Insane asylums in Bengal annual reports 1876-1887 - 1876-1887
Year: 1876
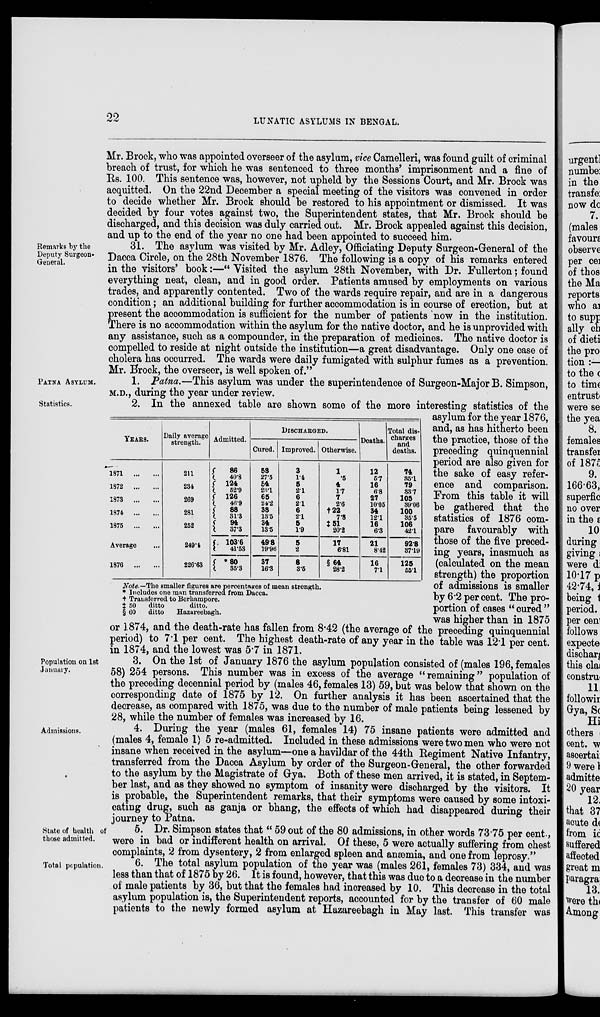
22
LUNATIC ASYLUMS IN BENGAL.
Mr. Brock, who was appointed overseer of the asylum, vice Camelleri, was found guilt of criminal
breach of trust, for which he was sentenced to three months' imprisonment and a fine of
Rs. 100. This sentence was, however, not upheld by the Sessions Court, and Mr. Brock was
acquitted. On the 22nd December a special meeting of the visitors was convened in order
to decide whether Mr. Brock should be restored to his appointment or dismissed. It was
decided by four votes against two, the Superintendent states, that Mr. Brock should be
discharged, and this decision was duly carried out. Mr. Brock appealed against this decision,
and up to the end of the year no one had been appointed to succeed him.
Remarks by the
Deputy Surgeon-
General.
31. The asylum was visited by Mr. Adley, Officiating Deputy Surgeon-General of the
Dacca Circle, on the 28th November 1876. The following is a copy of his remarks entered
in the visitors' book:—“ Visited the asylum 28th November, with Dr. Fullerton; found
everything neat, clean, and in good order. Patients amused by employments on various
trades, and apparently contented. Two of the wards require repair, and are in a dangerous
condition; an additional building for further accommodation is in course of erection, but at
present the accommodation is sufficient for the number of patients now in the institution.
There is no accommodation within the asylum for the native doctor, and he is unprovided with
any assistance, such as a compounder, in the preparation of medicines. The native doctor is
compelled to reside at night outside the institution—a great disadvantage. Only one case of
cholera has occurred. The wards were daily fumigated with sulphur fumes as a prevention.
Mr. Brock, the overseer, is well spoken of.”
PATNA ASYLUM.
1. Patna.—This asylum was under the superintendence of Surgeon-Major B. Simpson,
M.D., during the year under review.
Statistics.
YEARS.
1871
...
...
1872
...
...
1873
...
...
1874
...
...
1875
...
...
Average ...
1876
...
...
Daily average
strength.
211
234
269
281
252
249.4
226.63
Admitted.
86
40.8
124
52.9
126
46.9
88
31.3
94
37.3
103.6
41.53
* 80
35.3
DISCHARGED.
Cured.
58
27.5
54
23.1
65
24.2
38
13.5
34
13.5
49.8
19.96
37
16.3
Improved.
3
1.4
5
2.1
6
2.1
6
2.1
5
1.9
5
2
8
3.5
Otherwise.
1
.5
4
1.7
7
2.6
†22
7.8
‡51
20.2
17
6.81
§ 64
28.2
Deaths.
12
5.7
16
6.8
27
10.05
34
12.1
16
6.3
21
8.42
16
7.1
Total dis-
charges
and
deaths.
74
35.1
79
33.7
105
39.06
100
35.5
106
42.1
92.8
37.19
125
55.1
Note.—The smaller figures are percentages of mean strength.
* Includes one man transferred from Dacca.
† Transferred to Berhampore.
‡ 50 ditto
ditto.
§ 60
ditto
Hazareebagh.
2. In the annexed table are shown some of the more interesting statistics of the
asylum for the year 1876,
and, as has hitherto been
the practice, those of the
preceding quinquennial
period are also given for
the sake of easy refer-
ence and comparison.
From this table it will
be gathered that the
statistics of 1876 com-
pare favourably with
those of the five preced-
ing years, inasmuch as
(calculated on the mean
strength) the proportion
of admissions is smaller
by 6.2 per cent. The pro-
portion of cases “ cured ”
was higher than in 1875
or 1874, and the death-rate has fallen from 8.42 (the average of the preceding quinquennial
period) to 7.1 per cent. The highest death-rate of any year in the table was 12.1 per cent.
in 1874, and the lowest was 5.7 in 1871.
Population on 1st
January.
3. On the 1st of January 1876 the asylum population consisted of (males 196, females
58) 254 persons. This number was in excess of the average “ remaining” population of
the preceding decennial period by (males 46, females 13) 59, but was below that shown on the
corresponding date of 1875 by 12. On further analysis it has been ascertained that the
decrease, as compared with 1875, was due to the number of male patients being lessened by
28, while the number of females was increased by 16.
Admissions.
4. During the year (males 61, females 14) 75 insane patients were admitted and
(males 4, female 1) 5 re-admitted. Included in these admissions were two men who were not
insane when received in the asylum—one a havildar of the 44th Regiment Native Infantry,
transferred from the Dacca Asylum by order of the Surgeon-General, the other forwarded
to the asylum by the Magistrate of Gya. Both of these men arrived, it is stated, in Septem-
ber last, and as they showed no symptom of insanity were discharged by the visitors. It
is probable, the Superintendent remarks, that their symptoms were caused by some intoxi-
cating drug, such as ganja or bhang, the effects of which had disappeared during their
journey to Patna.
State of health of
those admitted.
5. Dr. Simpson states that “ 59 out of the 80 admissions, in other words 73.75 per cent.,
were in bad or indifferent health on arrival. Of these, 5 were actually suffering from chest
complaints, 2 from dysentery, 2 from enlarged spleen and anæmia, and one from leprosy.”
Total population.
6. The total asylum population of the year was (males 261, females 73) 334, and was
less than that of 1875 by 26. It is found, however, that this was due to a decrease in the number
of male patients by 36, but that the females had increased by 10. This decrease in the total
asylum population is, the Superintendent reports, accounted for by the transfer of 60 male
patients to the newly formed asylum at Hazareebagh in May last. This transfer was